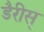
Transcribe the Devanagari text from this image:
डैरीस्